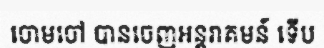
ចោមចៅ បានចេញអន្តរាគមន៍ ទើប